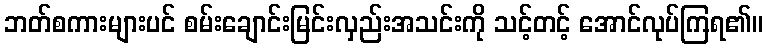
ဘတ်စကားများပင် စမ်းချောင်းမြင်းလှည်းအသင်းကို သင့်တင့် အောင်လုပ်ကြရ၏။